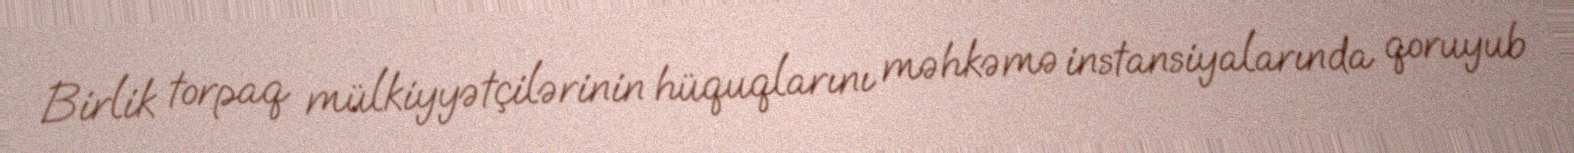
Birlik torpaq mülkiyyətçilərinin hüquqlarını məhkəmə instansiyalarında qoruyub